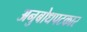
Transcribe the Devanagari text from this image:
अनुबोधपटकार